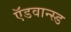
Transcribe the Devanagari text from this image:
ऍडवान्स्ड